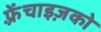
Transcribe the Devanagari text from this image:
फ़्रेंचाइज़को